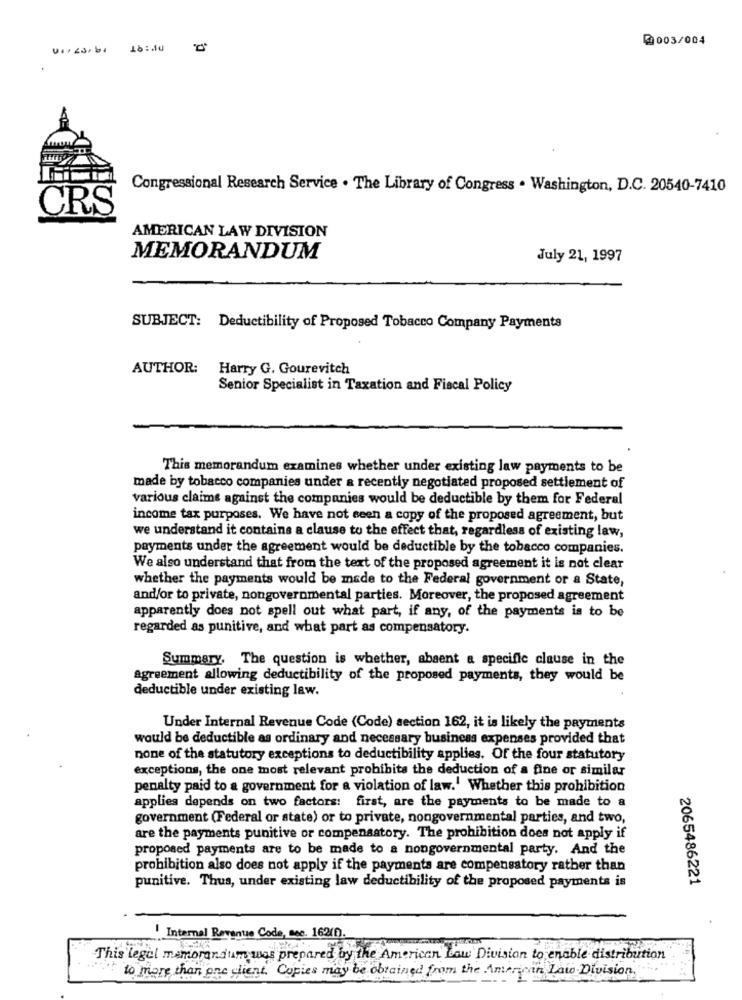
@003/004
Congressional Research Service . The Library of Congress . Washington, D.C. 20540-7410
CRS
AMERICAN LAW DIVISION
MEMORANDUM
July 21, 1997
SUBJECT: Deductibility of Proposed Tobacco Company Payments
AUTHOR:
Harry G. Gourevitch
Senior Specialist in Taxation and Fiscal Policy
This memorandum examines whether under existing law payments to be
made by tobacco companies under a recently negotiated proposed settlement of
various claims against the companies would be deductible by them for Federal
income tax purposes. We have not seen a copy of the proposed agreement, but
we understand it contains a clause to the effect that, regardless of existing law,
payments under the agreement would be deductible by the tobacco companies.
We also understand that from the text of the proposed agreement it is not clear
whether the payments would be made to the Federal government or a State,
and/or to private, nongovernmental parties. Moreover, the proposed agreement
apparently does not spell out what part, if any, of the payments is to be
regarded as punitive, and what part as compensatory.
Summary, The question is whether, absent a specific clause in the
agreement allowing deductibility of the proposed payments, they would be
deductible under existing law.
Under Internal Revenue Code (Code) section 162, it is likely the payments
would be deductible as ordinary and necessary business expenses provided that
none of the statutory exceptions to deductibility applies. Of the four statutory
exceptions, the one most relevant prohibits the deduction of a fine or similar
penalty paid to a government for a violation of law.' Whether this prohibition
applies depends on two factors: first, are the payments to be made to a
government (Federal or state) or to private, nongovernmental parties, and two,
are the payments punitive or compensatory. The prohibition does not apply if
proposed payments are to be made to a nongovernmental party. And the
prohibition also does not apply if the payments are compensatory rather than
2065486221
punitive. Thus, under existing law deductibility of the proposed payments is
Internal Revenue Code, Dec. 1621.
This legal memorandum was prepared by the American Law Division to enable distribution
to more than one client. Copies may be obtained from the American Lato Division,